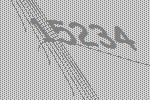
15234